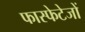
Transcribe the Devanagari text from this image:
फास्फेटेजों